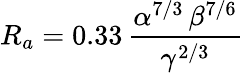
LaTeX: R_{a}=0.33\, \frac{\alpha^{7/3}\, \beta^{7/6}}{\gamma^{2/3}}